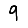
Digit: 9